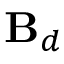
\mathbf { B } _ { d }